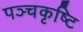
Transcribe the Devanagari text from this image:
पञ्चकृष्टि